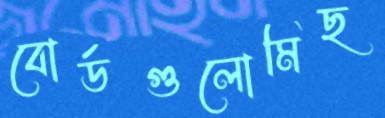
বোর্ডগুলোমিছ